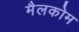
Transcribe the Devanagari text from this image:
मैलकोम